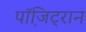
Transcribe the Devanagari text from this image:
पॉजि़ट्रान